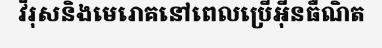
វីរុសនិងមេរោគនៅពេលប្រើអ៊ីនធឺណិត